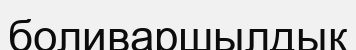
боливаршылдық